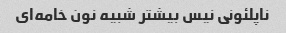
ناپلئونی نیس بیشتر شبیه نون خامه‌ای